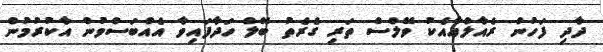
ދާދި ފަހުން ރެއާލްއާއެކު ވޭލްސް ތަރި ގެރެތު ބޭލް ހަދާފައިވާ އެއްބަސްވުން އާކުރުމުން